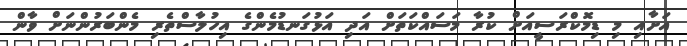
އަށާއި މި ޑިމޮކްރަސީއަށް ކުރާ މަސައްކަތަށް އަދި އަޅުގަނޑުމެންގެ އިހުލާސްތެރި މެންބަރުންނަށް ވާން